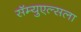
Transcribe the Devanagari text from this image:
सॅम्युएल्सला